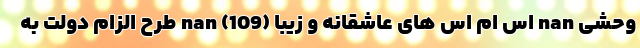
وحشی nan اس ام اس های عاشقانه و زیبا (109) nan طرح الزام دولت به